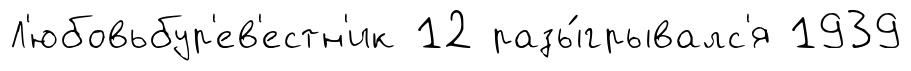
Л'юбовьбур'ев'естн'ик 12 разы́грывалс'я 1939